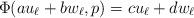
LaTeX: \begin{align*}\Phi(au_\ell + b w_\ell, p) = c u_\ell + d w_\ell\end{align*}